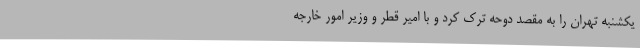
یکشنبه تهران را به مقصد دوحه ترک کرد و با امیر قطر و وزیر امور خارجه